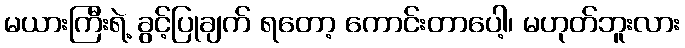
မယားကြီးရဲ့ ခွင့်ပြုချက် ရတော့ ကောင်းတာပေါ့၊ မဟုတ်ဘူးလား